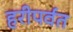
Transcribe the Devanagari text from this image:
हरीपर्वत